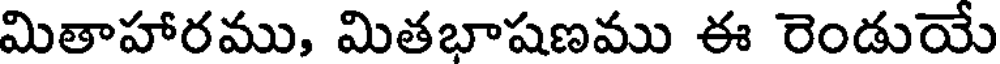
మితాహారము, మితభాషణము ఈ రెండుయే